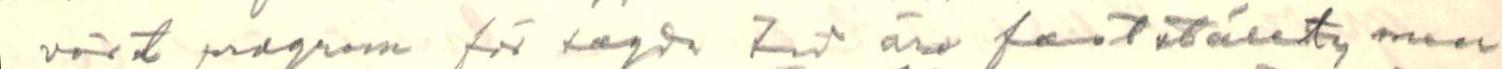
vårt program för tagda till äro fast utäset, men